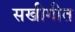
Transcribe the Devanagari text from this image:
सखीगीत